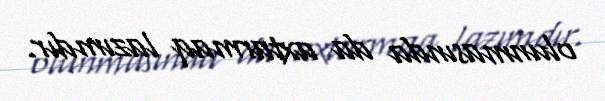
olunmasında da axtarmaq lazımdır.